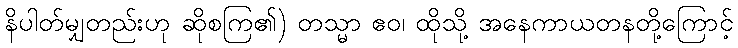
နိပါတ်မျှတည်းဟု ဆိုစကြ၏) တသ္မာ ဧဝ၊ ထိုသို့ အနေကာယတနတို့ကြောင့်